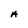
Character: A